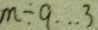
m \div 9 \cdots 3